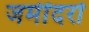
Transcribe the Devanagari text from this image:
जमींदरों